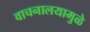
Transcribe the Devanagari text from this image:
वाचनालयामुळे